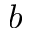
b